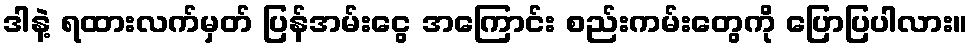
ဒါနဲ့ ရထားလက်မှတ် ပြန်အမ်းငွေ အကြောင်း စည်းကမ်းတွေကို ပြောပြပါလား။